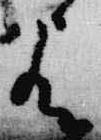
歟